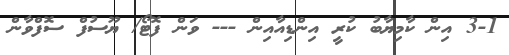
3-1 އިން ކާމިޔާބު ކުރީ އިންޑިއާއިން --- ވަން ފޮޓޯ/ ޔޫސުފް ސޮފްވާން